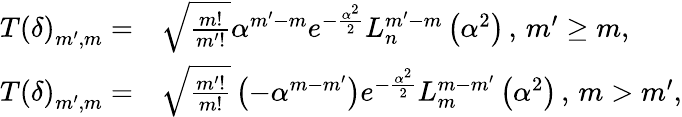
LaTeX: \begin{array}{rl}{T\left(\delta\right)_{m^{\prime},m}=}&{{}\sqrt{\frac{m!}{m^{\prime}!}}\alpha^{m^{\prime}-m}e^{-\frac{\alpha^{2}}{2}}L_{n}^{m^{\prime}-m}\left(\alpha^{2}\right)\, ,\, m^{\prime}\geq m,}\\ {T\left(\delta\right)_{m^{\prime},m}=}&{{}\sqrt{\frac{m^{\prime}!}{m!}}\left(-\alpha^{m-m^{\prime}}\right)e^{-\frac{\alpha^{2}}{2}}L_{m}^{m-m^{\prime}}\left(\alpha^{2}\right)\, ,\, m>m^{\prime},}\end{array}